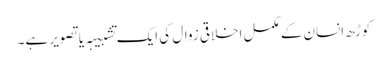
کوڑھ انسان کے مکمل اخلاقی زوال کی ایک تشبیہہ یا تصویر ہے۔